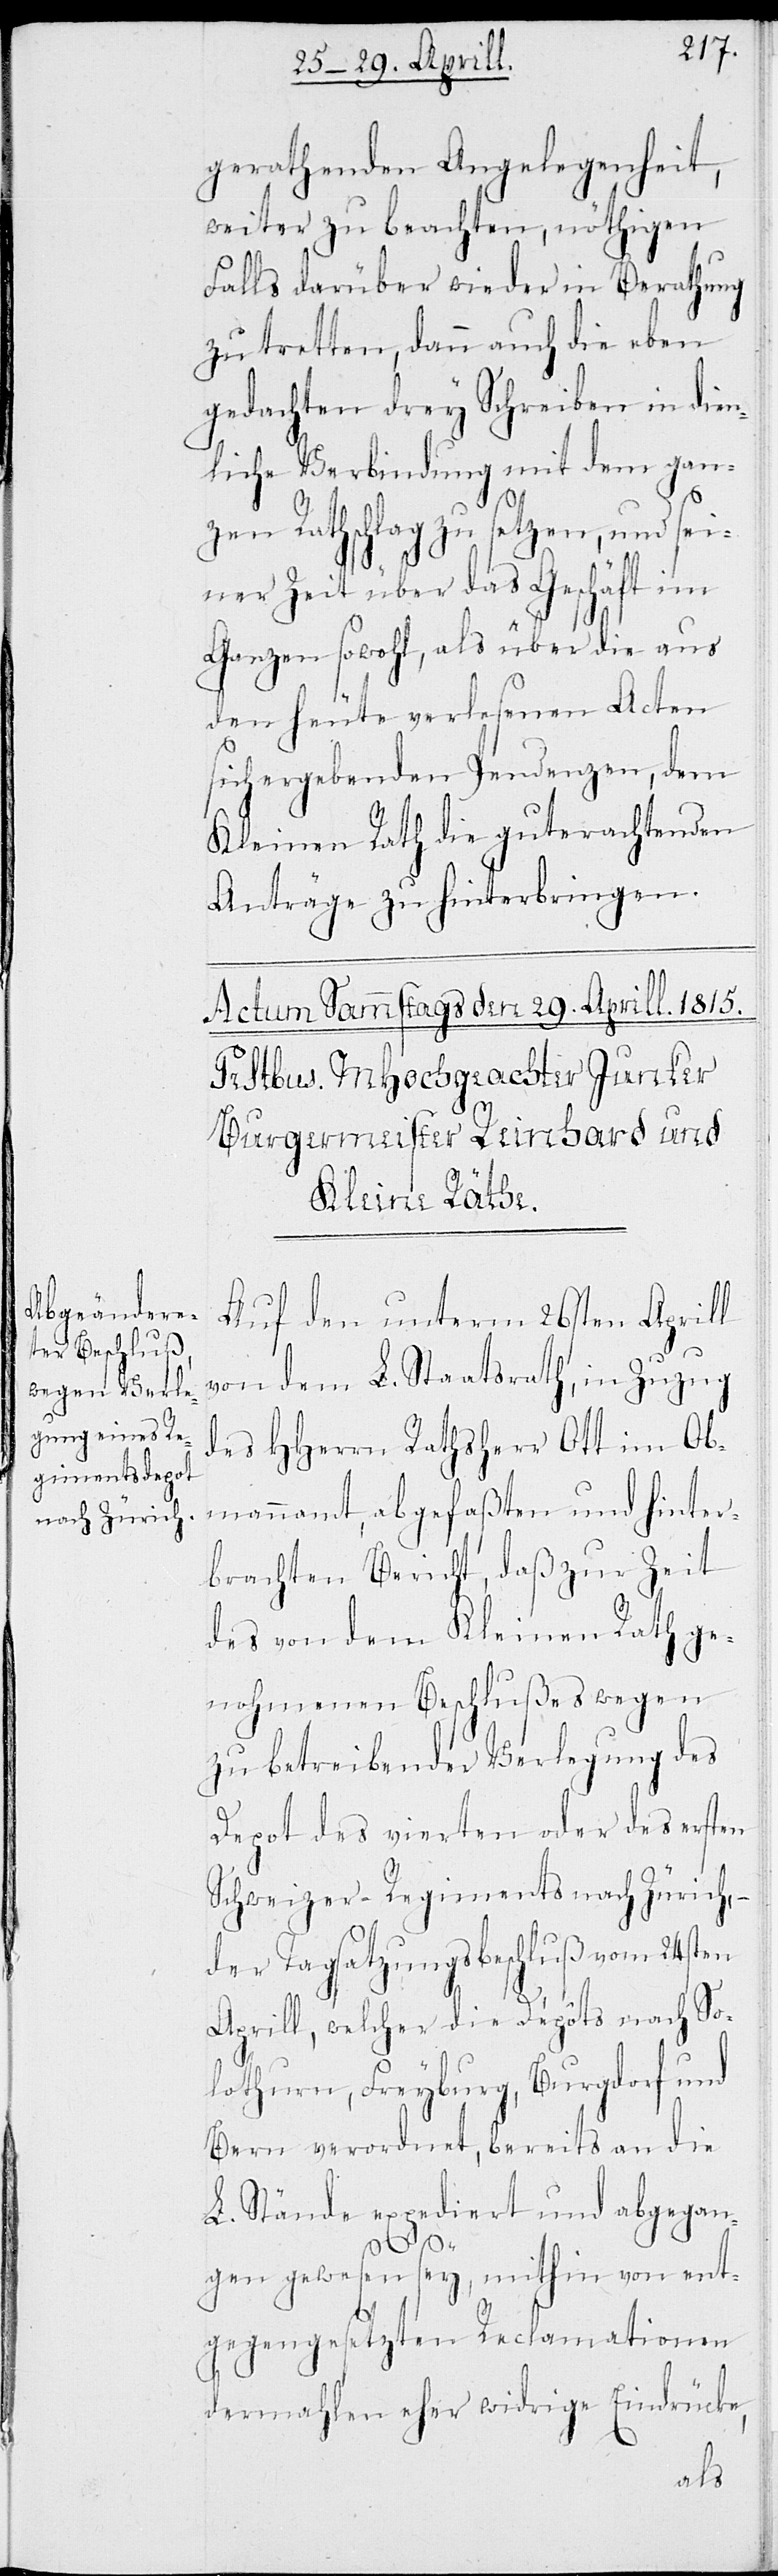
gerathenden Angelegenheit,
weiter zu beachten, nöthigen
Falls darüber wieder in Berathung
zu tretten, dann auch die eben
gedachten drey Schreiben in dien¬
liche Verbindung mit dem gan¬
zen Rathschlag zu setzen, und sei¬
ner Zeit über das Geschäft im
Ganzen sowohl, als über die aus
den heute verlesenen Acten
sich ergebenden Pendenzen, dem
Kleinen Rath die guterachtenden
Anträge zu hinterbringen.
Auf den unterm 26sten Aprill
von dem L. Staatsrath, in Zuzuge
des HHerrn Rathsherr Ott im Ob¬
mannamt, abgefaßten und hinter¬
brachten Bericht, daß zur Zeit
des von dem Kleinen Rath ge¬
nohmenen Beschlußes wegen
zu betreibender Verlegung des
Depot des vierten oder des ersten
Schweizer-Regiments nach Zürich, –
der Tagsatzungsbeschluß vom 24sten
Aprill, welcher die Depots nach So¬
lothurn, Freyburg, Burgdorf und
Bern verordnet, bereits an die
L. Stände expediert und angegean¬
gen gewesen sey, mithin von ent¬
gegengesetzten Reclamationen
dermahlen eher widrige Eindrücke,